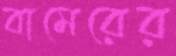
বামেরের